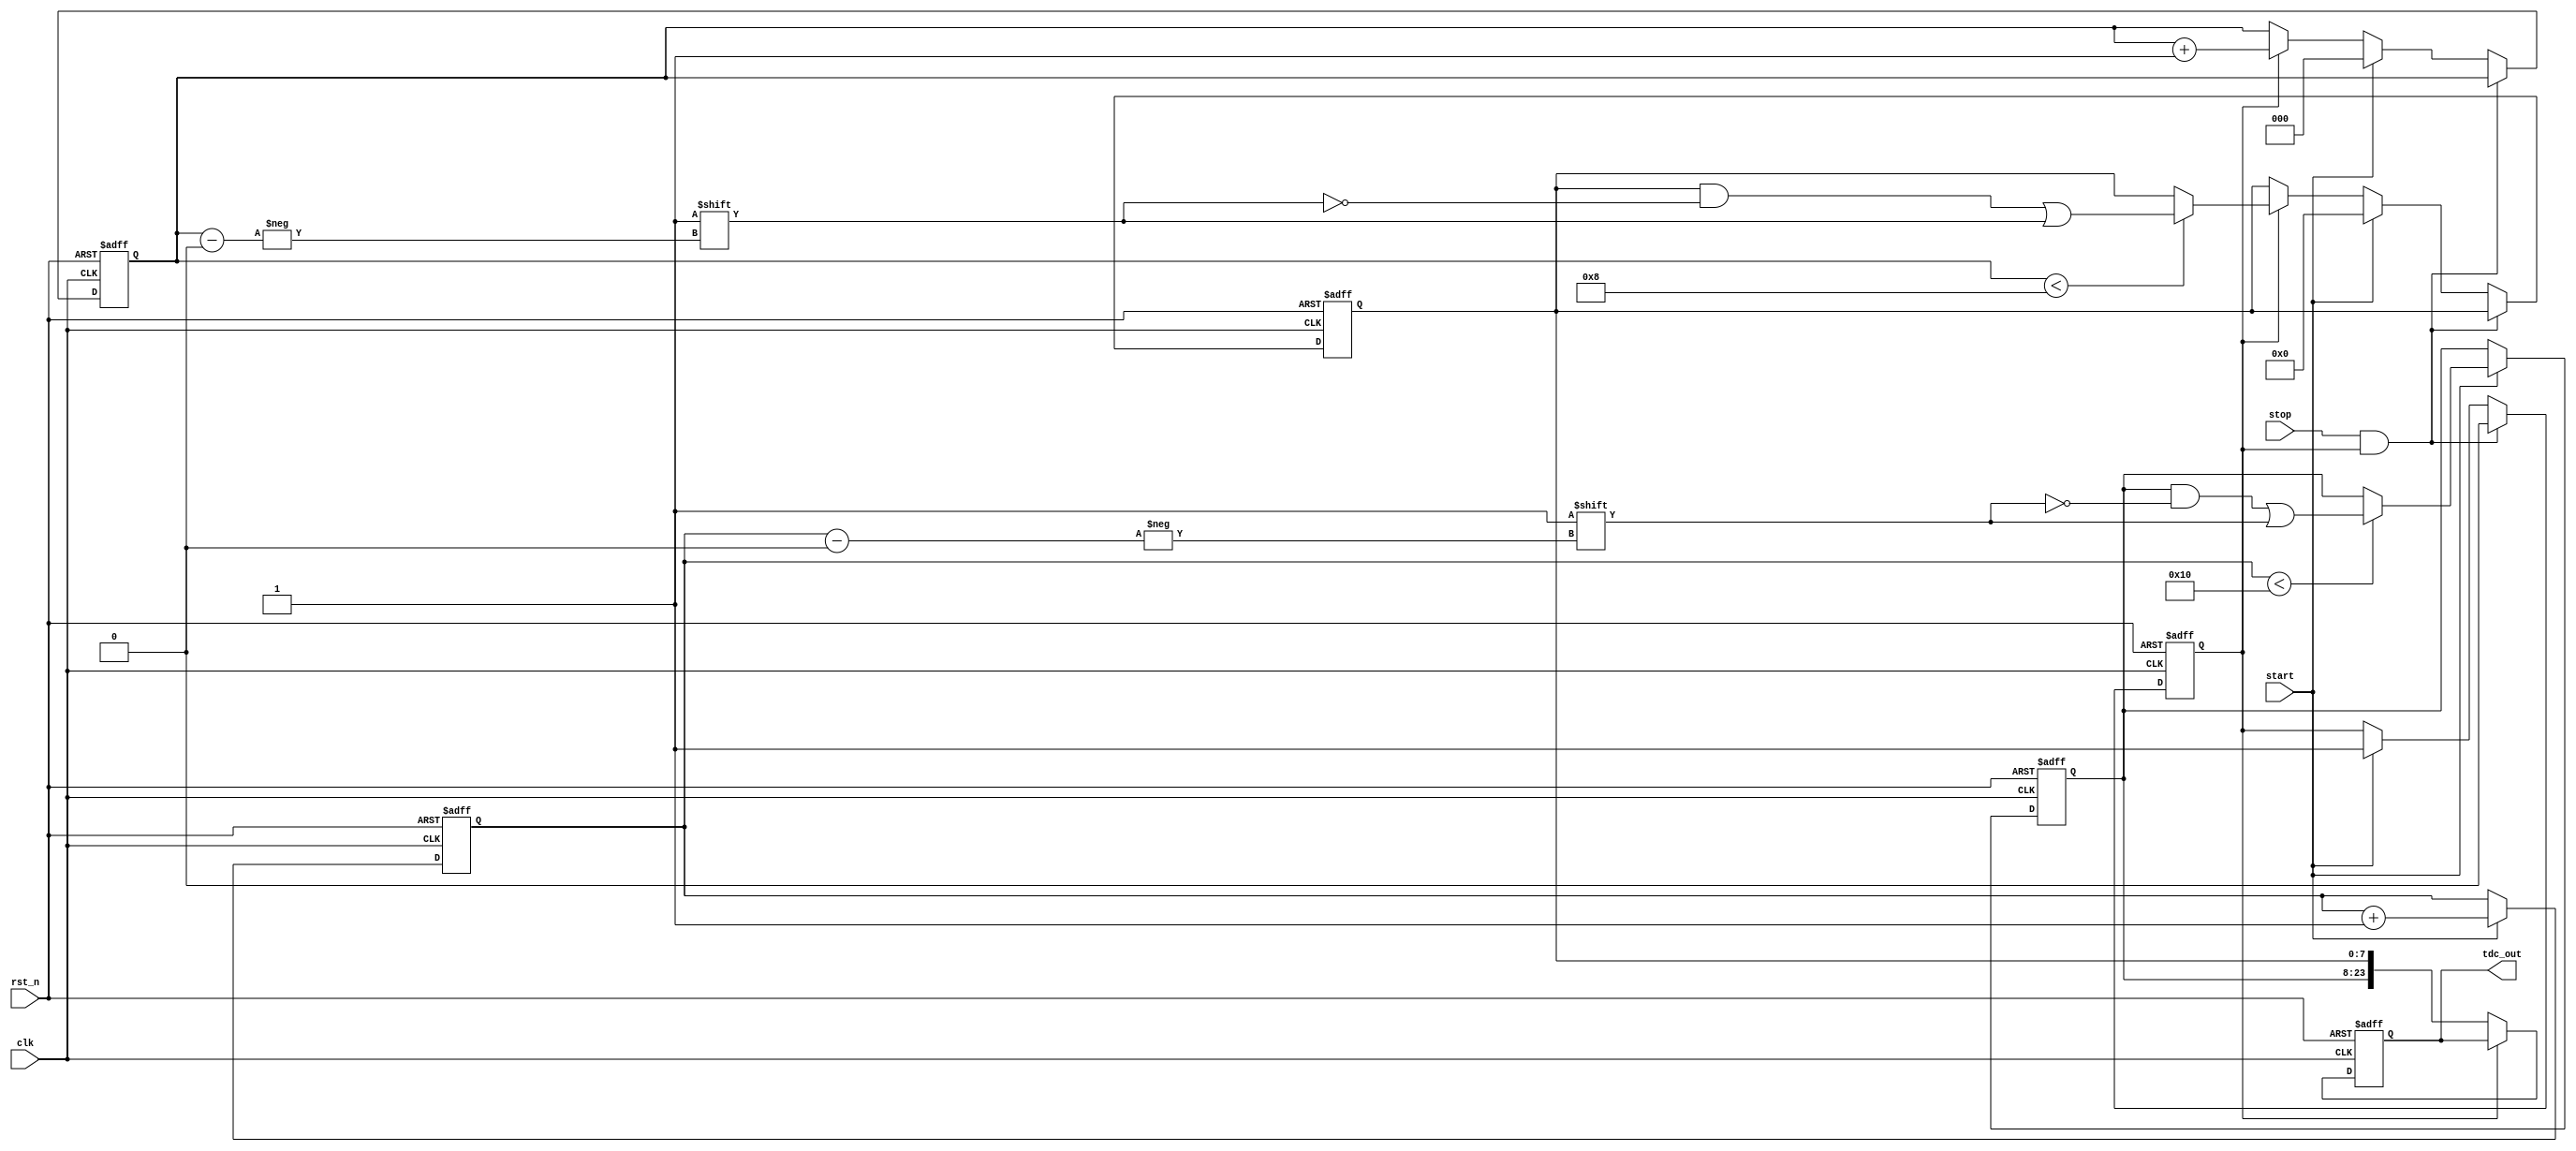
module TDC_Vernier_Delay_Line (
    input wire clk,              // System clock
    input wire rst_n,            // Active low reset
    input wire start,            // Start pulse
    input wire stop,             // Stop pulse
    output reg [N-1:0] tdc_out   // Digital output for time interval
);
    parameter COARSE_DELAY_ELEMENTS = 16; // Number of coarse delay elements
    parameter FINE_DELAY_ELEMENTS = 8;     // Number of fine delay elements
    parameter N = COARSE_DELAY_ELEMENTS + FINE_DELAY_ELEMENTS; // Total output bits

    reg [COARSE_DELAY_ELEMENTS-1:0] coarse_delay; // Coarse delay line
    reg [FINE_DELAY_ELEMENTS-1:0] fine_delay;     // Fine delay line
    reg [3:0] coarse_index;                       // Index for coarse delay
    reg [2:0] fine_index;                         // Index for fine delay
    reg measuring;                                // State flag for measuring

    // Coarse delay line generation
    always @(posedge clk or negedge rst_n) begin
        if (!rst_n) begin
            coarse_delay <= 0;
            coarse_index <= 0;
        end else if (start) begin
            coarse_index <= coarse_index + 1;
            if (coarse_index < COARSE_DELAY_ELEMENTS)
                coarse_delay[coarse_index] <= 1; // Activate coarse delay
        end
    end

    // Fine delay line generation
    always @(posedge clk or negedge rst_n) begin
        if (!rst_n) begin
            fine_delay <= 0;
            fine_index <= 0;
            measuring <= 0;
        end else if (stop && measuring) begin
            measuring <= 0; // Stop measuring
        end else if (start) begin
            measuring <= 1; // Start measuring
            fine_index <= 0; // Reset fine index
            fine_delay <= 0; // Clear fine delay
        end else if (measuring) begin
            fine_index <= fine_index + 1;
            if (fine_index < FINE_DELAY_ELEMENTS)
                fine_delay[fine_index] <= 1; // Activate fine delay
        end
    end

    // Combine coarse and fine delay outputs
    always @(posedge clk or negedge rst_n) begin
        if (!rst_n) begin
            tdc_out <= 0;
        end else if (!measuring) begin
            tdc_out <= {coarse_delay, fine_delay}; // Combine outputs
        end
    end
endmodule